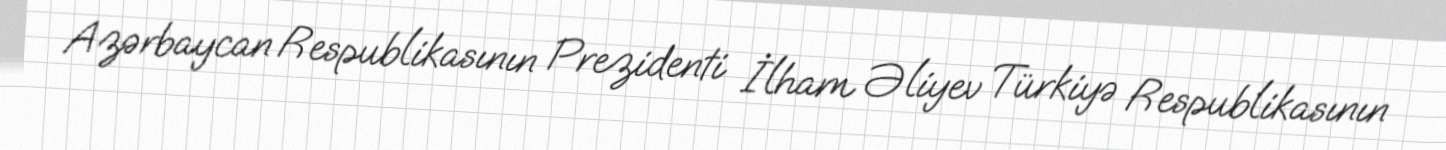
Azərbaycan Respublikasının Prezidenti İlham Əliyev Türkiyə Respublikasının